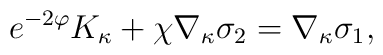
e^{-2\varphi} K_\kappa + \chi \nabla_\kappa\sigma_2 = \nabla_\kappa \sigma_1  ,